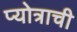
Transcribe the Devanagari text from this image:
प्योत्राची